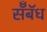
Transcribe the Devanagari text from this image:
सॅँबॅध